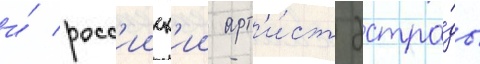
и́ росс'ииск'ии арт'и́ст эстра́ды